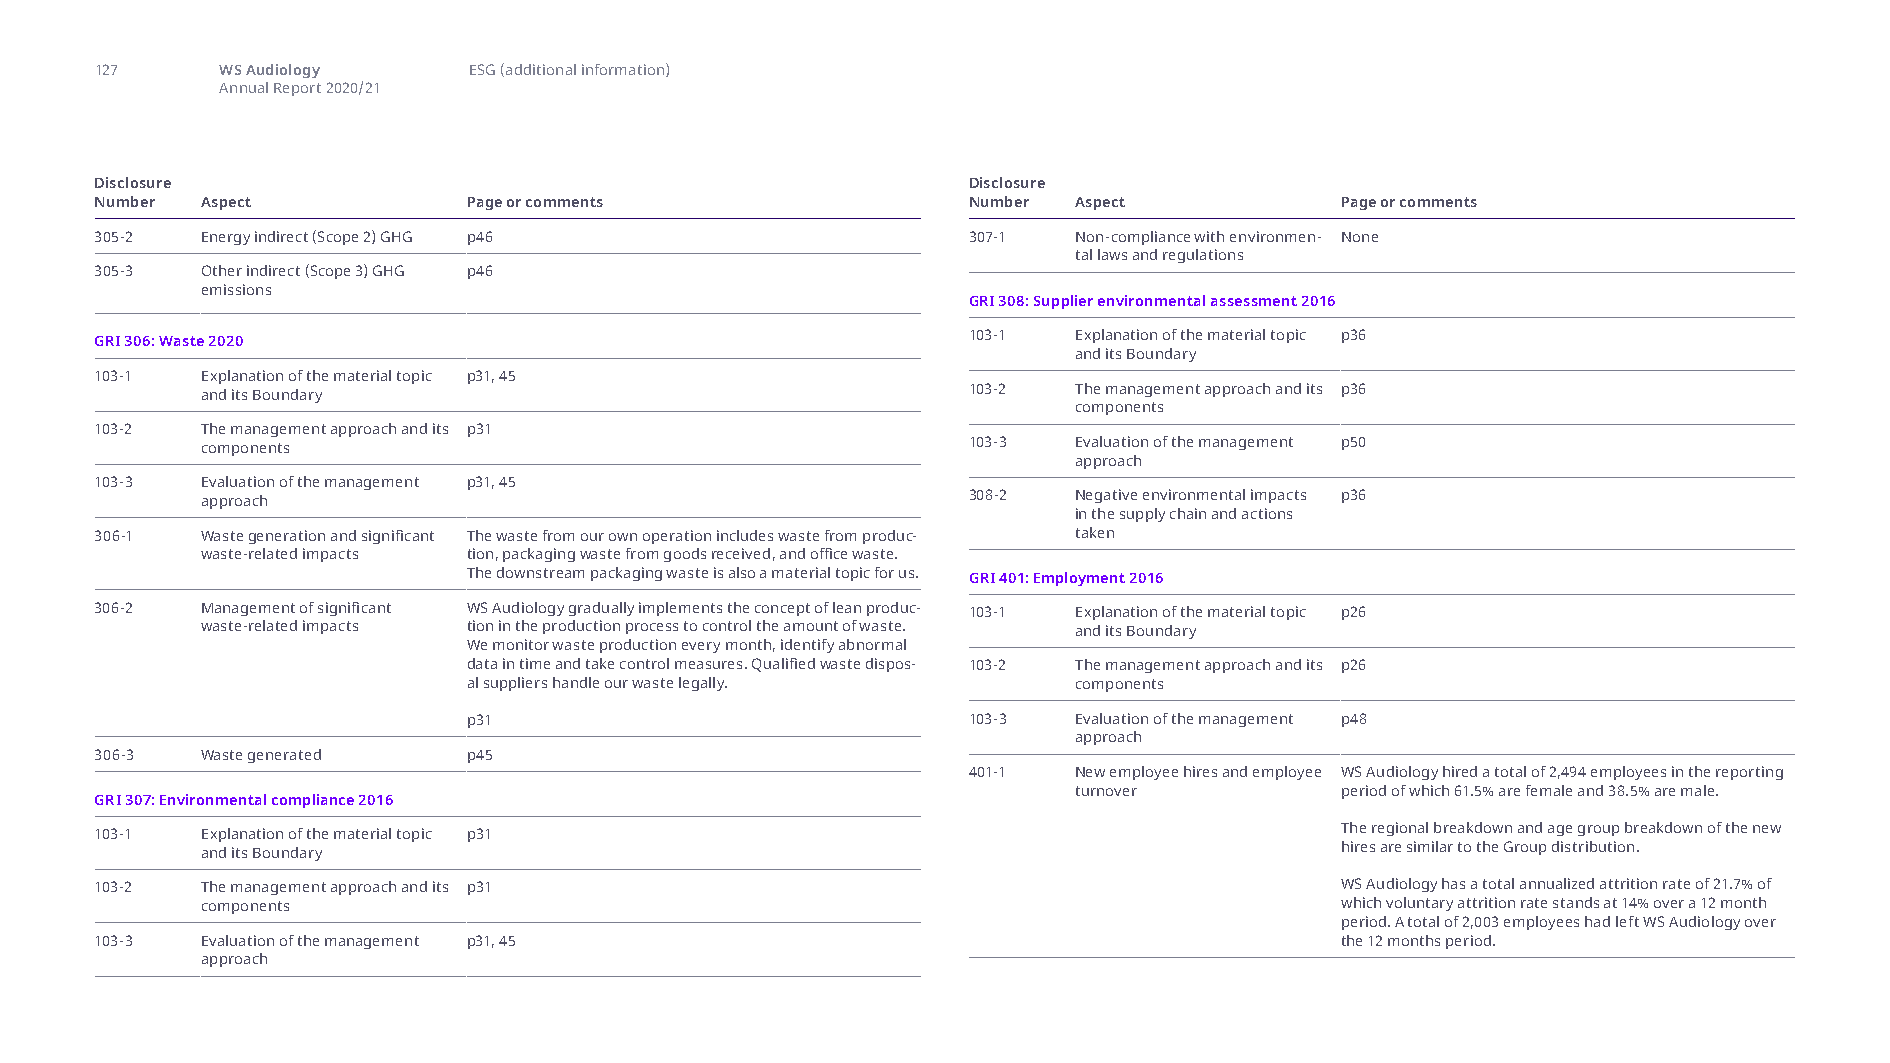
127      WS Audiology    ESG (additional information)
 Annual Report 2020/21
 Disclosure                                                Disclosure
 Number Aspect            Page or comments                 Number Aspect            Page or comments
 305-2  Energy indirect (Scope 2) GHG p46                  307-1  Non-compliance with environmen- None
 tal laws and regulations
 305-3  Other indirect (Scope 3) GHG p46
 emissions
 GRI 308: Supplier environmental assessment 2016
 GRI 306: Waste 2020                                       103-1  Explanation of the material topic p36
 and its Boundary
 103-1  Explanation of the material topic p31, 45
 and its Boundary                                   103-2  The management approach and its p36
 components
 103-2  The management approach and its p31
 components                                         103-3  Evaluation of the management p50
 approach
 103-3  Evaluation of the management p31, 45
 approach                                           308-2  Negative environmental impacts p36
 in the supply chain and actions
 306-1  Waste generation and significant The waste from our own operation includes waste from produc- taken
 waste-related impacts tion, packaging waste from goods received, and office waste.
 The downstream packaging waste is also a material topic for us. GRI 401: Employment 2016
 306-2  Management of significant WS Audiology gradually implements the concept of lean produc- 103-1 Explanation of the material topic p26
 waste-related impacts tion in the production process to control the amount of waste. and its Boundary
 We monitor waste production every month, identify abnormal
 data in time and take control measures. Qualified waste dispos- 103-2 The management approach and its p26
 al suppliers handle our waste legally.  components
 p31                              103-3  Evaluation of the management p48
 approach
 306-3  Waste generated   p45
 401-1  New employee hires and employee WS Audiology hired a total of 2,494 employees in the reporting
 turnover          period of which 61.5% are female and 38.5% are male.
 GRI 307: Environmental compliance 2016
 103-1  Explanation of the material topic p31                                       The regional breakdown and age group breakdown of the new
 and its Boundary                                                            hires are similar to the Group distribution.
 103-2  The management approach and its p31                                         WS Audiology has a total annualized attrition rate of 21.7% of
 components                                                                  which voluntary attrition rate stands at 14% over a 12 month
 period. A total of 2,003 employees had left WS Audiology over
 103-3  Evaluation of the management p31, 45                                        the 12 months period.
 approach